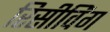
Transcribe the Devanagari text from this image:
रिसीविंग